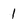
Character: 1